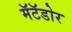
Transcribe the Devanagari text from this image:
मॅटॅडोर